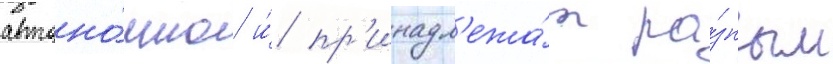
автоно́мно и́ пр'инадл'ежа́т ра́зным